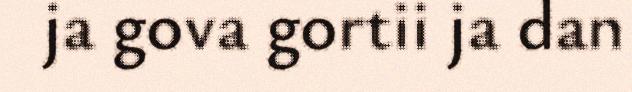
ja gova gortii ja dan